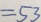
= 5 3